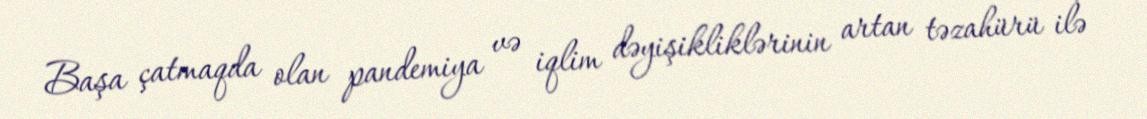
Başa çatmaqda olan pandemiya və iqlim dəyişikliklərinin artan təzahürü ilə